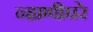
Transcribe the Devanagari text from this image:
न्हाणीघरे